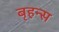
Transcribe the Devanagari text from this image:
बृहन्स